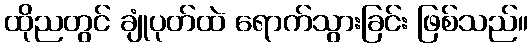
ထိုညတွင် ချုံပုတ်ထဲ ရောက်သွားခြင်း ဖြစ်သည်။